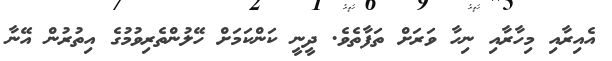
އެއިރާއި މިހާރާއި ނިހާ ވަރަށް ތަފާތެވެ. ދީނީ ކަންކަމަށް ހޭލުންތެރިވުމުގެ އިތުރުން އޭނާ